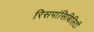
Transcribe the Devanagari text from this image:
रिसपांसिबिलिटी